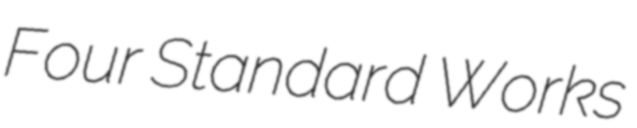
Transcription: Four Standard Works